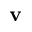
\mathbf v